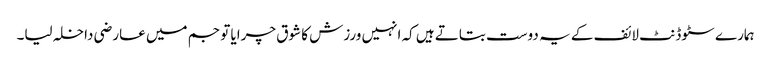
ہمارے سٹوڈنٹ لائف کے یہ دوست بتاتے ہیں کہ انہیں ورزش کا شوق چرایا تو جم میں عارضی داخلہ لیا۔